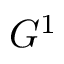
G ^ { 1 }